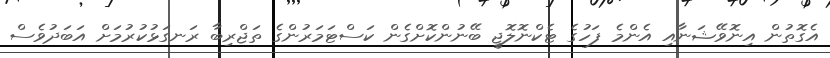
އެގޮތުން އިނޮވޭޝަނާއި އެންމެ ފަހުގެ ޓެކްނޮލޮޖީ ބޭނުންކޮށްގެން ކަސްޓަމަރުންގެ ތަޖްރިބާ ރަނގަޅުކުރުމަށް އަބަދުވެސް